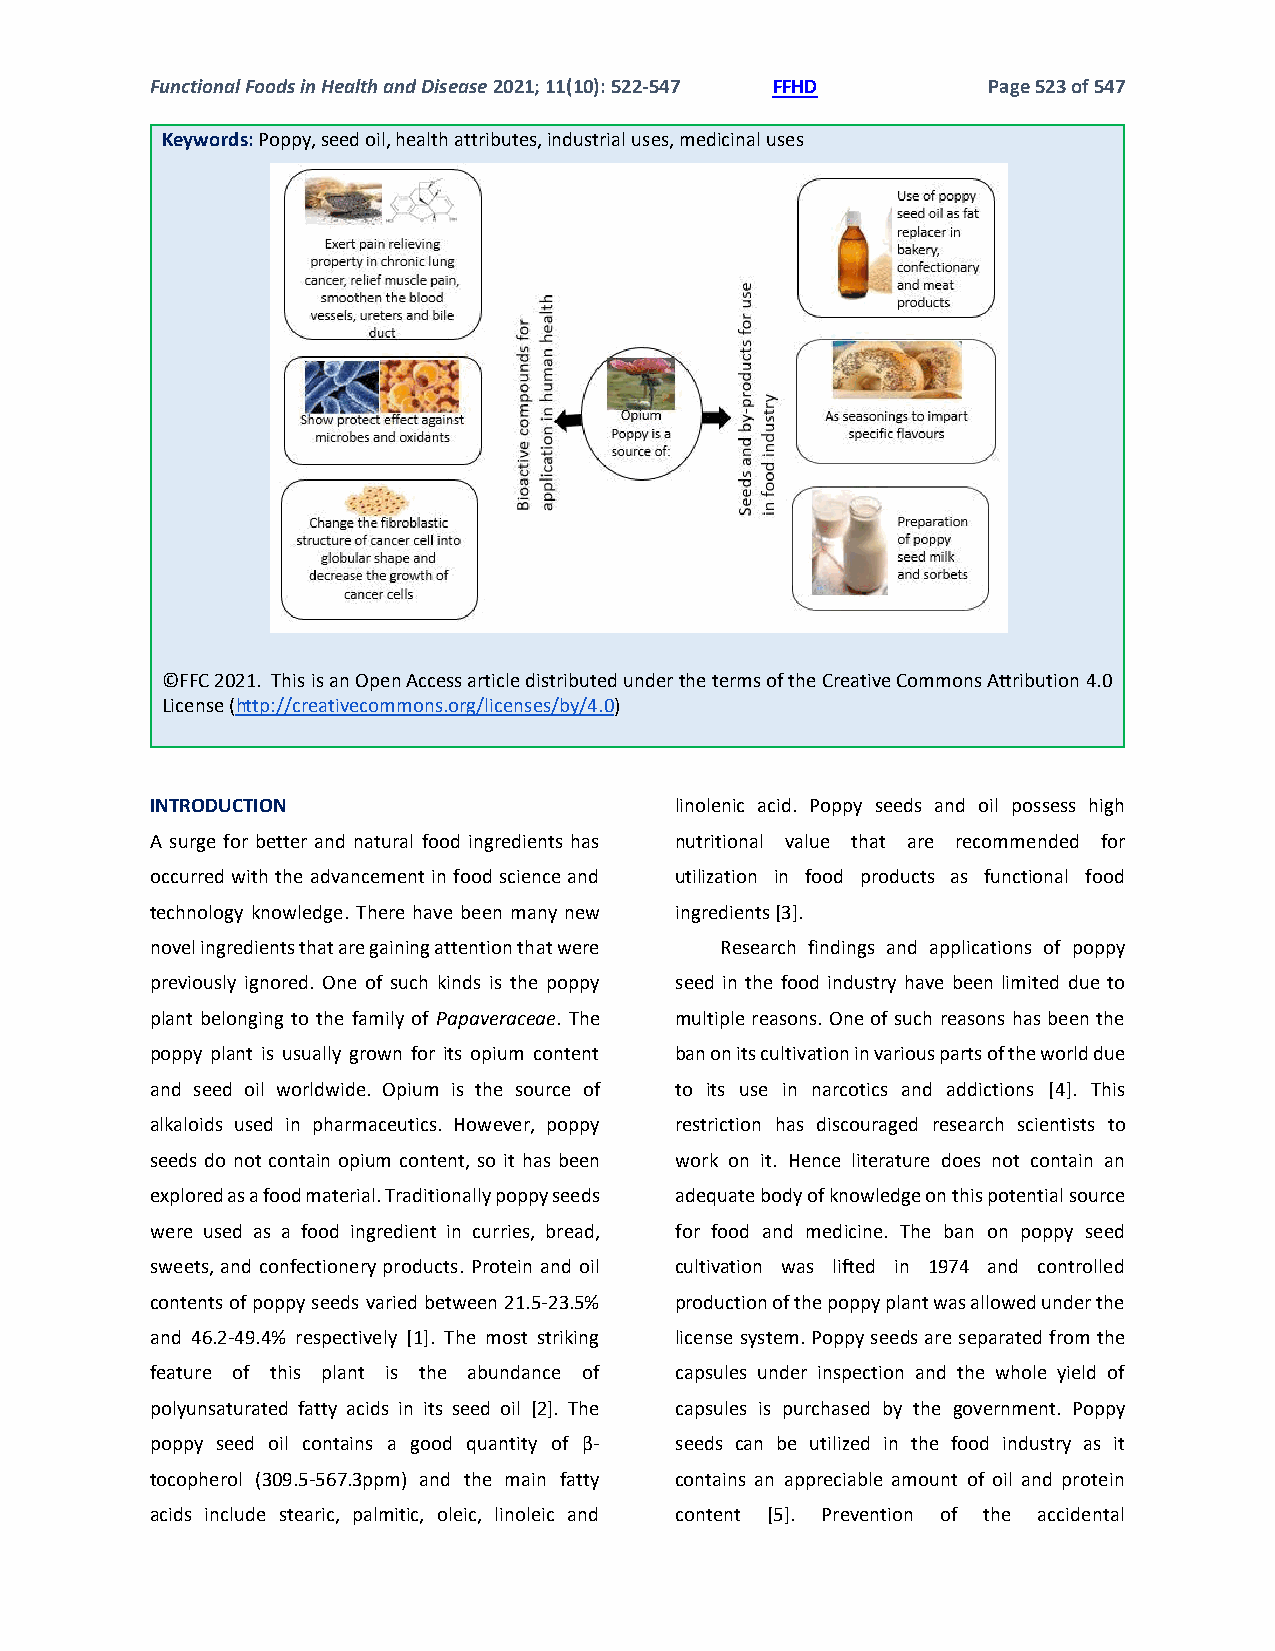
Functional Foods in Health and Disease 2021; 11(10): 522-547 FFHD Page 523 of 547
 Keywords: Poppy, seed oil, health attributes, industrial uses, medicinal uses
 ©FFC 2021. This is an Open Access article distributed under the terms of the Creative Commons Attribution 4.0
 License (http://creativecommons.org/licenses/by/4.0)
 INTRODUCTION                       linolenic acid. Poppy seeds and oil possess high
 A surge for better and natural food ingredients has nutritional value that are recommended for
 occurred with the advancement in food science and utilization in food products as functional food
 technology knowledge. There have been many new ingredients [3].
 novel ingredients that are gaining attention that were Research findings and applications of poppy
 previously ignored. One of such kinds is the poppy seed in the food industry have been limited due to
 plant belonging to the family of Papaveraceae. The multiple reasons. One of such reasons has been the
 poppy plant is usually grown for its opium content ban on its cultivation in various parts of the world due
 and seed oil worldwide. Opium is the source of to its use in narcotics and addictions [4]. This
 alkaloids used in pharmaceutics. However, poppy restriction has discouraged research scientists to
 seeds do not contain opium content, so it has been work on it. Hence literature does not contain an
 explored as a food material. Traditionally poppy seeds adequate body of knowledge on this potential source
 were used as a food ingredient in curries, bread, for food and medicine. The ban on poppy seed
 sweets, and confectionery products. Protein and oil cultivation was lifted in 1974 and controlled
 contents of poppy seeds varied between 21.5-23.5% production of the poppy plant was allowed under the
 and 46.2-49.4% respectively [1]. The most striking license system. Poppy seeds are separated from the
 feature of this plant is the abundance of capsules under inspection and the whole yield of
 polyunsaturated fatty acids in its seed oil [2]. The capsules is purchased by the government. Poppy
 poppy seed oil contains a good quantity of β- seeds can be utilized in the food industry as it
 tocopherol (309.5-567.3ppm) and the main fatty contains an appreciable amount of oil and protein
 acids include stearic, palmitic, oleic, linoleic and content [5]. Prevention of the accidental